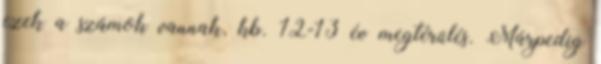
ezek a számok vannak, kb. 12-13 év megtérülés. Márpedig